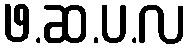
ဖ.ဆ.ပ.လ